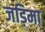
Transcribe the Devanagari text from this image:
जड़िमा